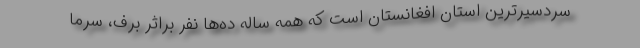
سردسیرترین استان افغانستان است که همه ساله ده‌ها نفر براثر برف، سرما